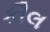
કૌલ